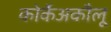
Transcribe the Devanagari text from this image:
कोर्केअकौलू